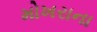
મોખરાના